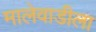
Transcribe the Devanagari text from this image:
मालेवाडीला